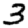
Digit: 3